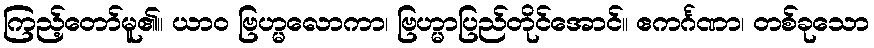
ကြည့်တော်မူ၏။ ယာဝ ဗြဟ္မလောကာ၊ ဗြဟ္မာပြည်တိုင်အောင်။ ဧကင်္ဂဏာ၊ တစ်ခုသော